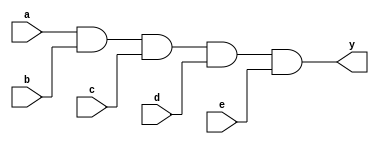
`timescale 1ns / 1ps
//////////////////////////////////////////////////////////////////////////////////
// Module Name: xup_and5
//////////////////////////////////////////////////////////////////////////////////
module xup_and5 #(parameter DELAY=3)(
    input a,
    input b,
    input c,
    input d,
    input e,
    output y
    );
    
    and #DELAY(y,a,b,c,d,e);
    
endmodule